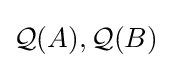
{\mathcal {Q}}(A),{\mathcal {Q}}(B)